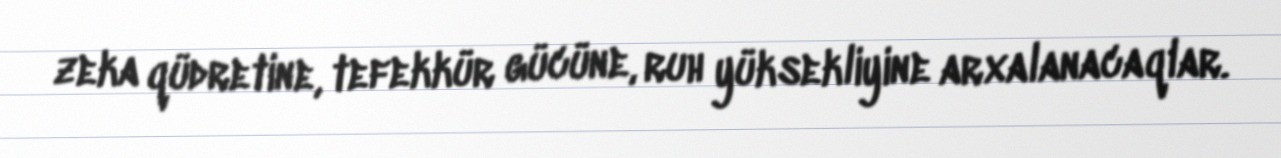
zeka qüdretine, tefekkür gücüne, ruh yüksekliyine arxalanacaqlar.